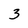
Character: 3